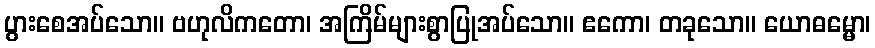
ပွားစေအပ်သော။ ဗဟုလိကတော၊ အကြိမ်များစွာပြုအပ်သော။ ဧကော၊ တခုသော။ ယောဓမ္မော၊